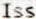
ISS